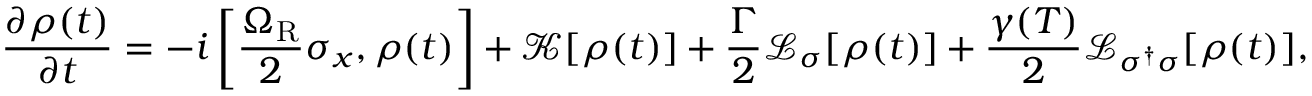
\frac { \partial \rho ( t ) } { \partial t } = - i \left[ \frac { \Omega _ { \mathrm { R } } } { 2 } \sigma _ { x } , \rho ( t ) \right] + \mathcal { K } [ \rho ( t ) ] + \frac { \Gamma } { 2 } \mathcal { L } _ { \sigma } [ \rho ( t ) ] + \frac { \gamma ( T ) } { 2 } \mathcal { L } _ { \sigma ^ { \dagger } \sigma } [ \rho ( t ) ] ,